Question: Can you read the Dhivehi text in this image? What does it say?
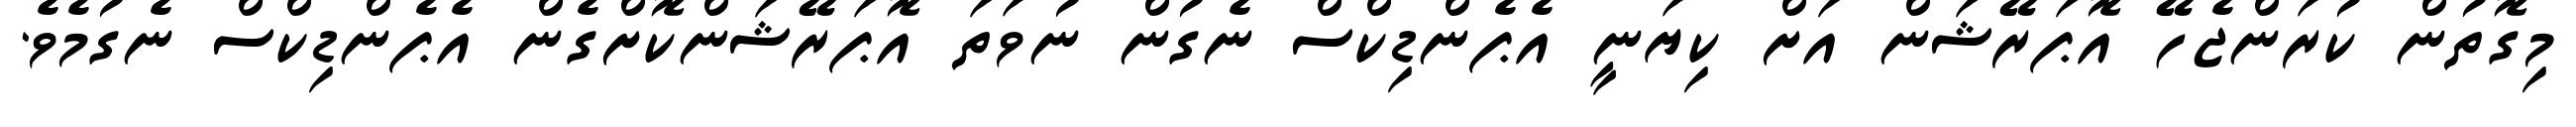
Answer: މިގޮތުން ކުރަންޖެހޭ އޮޕަރޭޝަން އަށް ކިޔަނީ އެޕެންޑިކްސް ނެގުން ނުވަތަ އޮޕަރޭޝަންކޮށްގެން އެޕެންޑިކްސް ނެގުމެވެ.